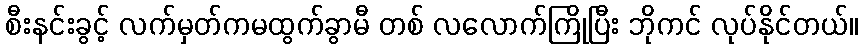
စီးနင်းခွင့် လက်မှတ်ကမထွက်ခွာမီ တစ် လလောက်ကြိုပြီး ဘိုကင် လုပ်နိုင်တယ်။